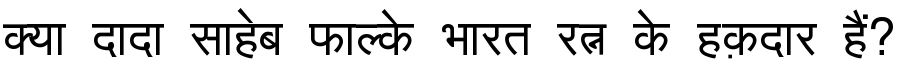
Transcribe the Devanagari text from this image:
क्या दादा साहेब फाल्के भारत रत्न के हक़दार हैं?